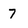
Character: 7